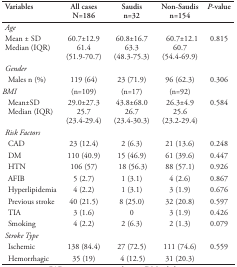
<table><thead><tr><td><b>Variables</b></td><td><b>All cases N=186</b></td><td><b>Saudis n=32</b></td><td><b>Non-Saudis n=154</b></td><td><b><i>P</i>-value</b></td></tr></thead><tbody><tr><td colspan="5"><i>Age</i></td></tr><tr><td> Mean ± SD</td><td>60.7±12.9</td><td>60.8±16.7</td><td>60.7±12.1</td><td>0.815</td></tr><tr><td> Median (IQR)</td><td>61.4 (51.9-70.7)</td><td>63.3 (48.3-75.3)</td><td>60.7 (54.4-69.9)</td><td></td></tr><tr><td colspan="5"><i>Gender</i></td></tr><tr><td> Males n (%)</td><td>119 (64)</td><td>23 (71.9)</td><td>96 (62.3)</td><td>0.306</td></tr><tr><td><i>BMI</i></td><td>(n=109)</td><td>(n=17)</td><td>(n=92)</td><td></td></tr><tr><td> Mean±SD</td><td>29.0±27.3</td><td>43.8±68.0</td><td>26.3±4.9</td><td>0.584</td></tr><tr><td> Median (IQR)</td><td>25.7 (23.4-29.4)</td><td>26.7 (23.4-30.3)</td><td>25.6 (23.2-29.4)</td><td></td></tr><tr><td colspan="5"><i>Risk Factors</i></td></tr><tr><td> CAD</td><td>23 (12.4)</td><td>2 (6.3)</td><td>21 (13.6)</td><td>0.248</td></tr><tr><td> DM</td><td>110 (40.9)</td><td>15 (46.9)</td><td>61 (39.6)</td><td>0.447</td></tr><tr><td> HTN</td><td>106 (57)</td><td>18 (56.3)</td><td>88 (57.1)</td><td>0.926</td></tr><tr><td> AFIB</td><td>5 (2.7)</td><td>1 (3.1)</td><td>4 (2.6)</td><td>0.867</td></tr><tr><td> Hyperlipidemia</td><td>4 (2.2)</td><td>1 (3.1)</td><td>3 (1.9)</td><td>0.676</td></tr><tr><td> Previous stroke</td><td>40 (21.5)</td><td>8 (25.0)</td><td>32 (20.8)</td><td>0.597</td></tr><tr><td> TIA</td><td>3 (1.6)</td><td>0</td><td>3 (1.9)</td><td>0.426</td></tr><tr><td> Smoking</td><td>4 (2.2)</td><td>2 (6.3)</td><td>2 (1.3)</td><td>0.079</td></tr><tr><td colspan="5"><i>Stroke Type</i></td></tr><tr><td> Ischemic</td><td>138 (84.4)</td><td>27 (72.5)</td><td>111 (74.6)</td><td>0.559</td></tr><tr><td> Hemorrhagic</td><td>35 (19)</td><td>4 (12.5)</td><td>31 (20.3)</td></tr></tbody></table>